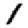
Digit: 1